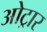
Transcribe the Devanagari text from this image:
ओट्रार